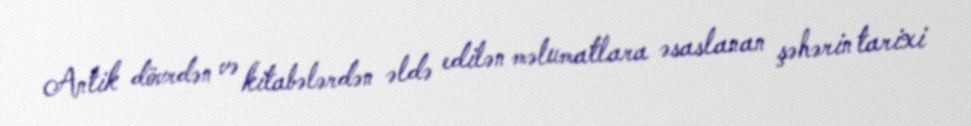
Antik dövrdən və kitabələrdən əldə edilən məlumatlara əsaslanan şəhərin tarixi